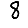
Digit: 8